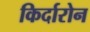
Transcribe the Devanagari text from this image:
किर्दारोन